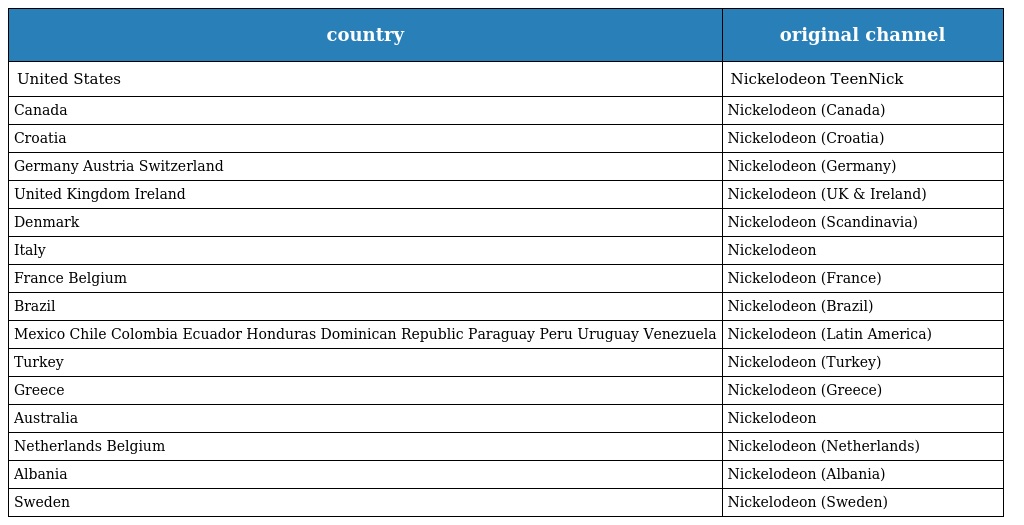
| country | original channel |
 | --- | --- |
 | United States | Nickelodeon TeenNick |
 | Canada | Nickelodeon (Canada) |
 | Croatia | Nickelodeon (Croatia) |
 | Germany Austria Switzerland | Nickelodeon (Germany) |
 | United Kingdom Ireland | Nickelodeon (UK & Ireland) |
 | Denmark | Nickelodeon (Scandinavia) |
 | Italy | Nickelodeon |
 | France Belgium | Nickelodeon (France) |
 | Brazil | Nickelodeon (Brazil) |
 | Mexico Chile Colombia Ecuador Honduras Dominican Republic Paraguay Peru Uruguay Venezuela | Nickelodeon (Latin America) |
 | Turkey | Nickelodeon (Turkey) |
 | Greece | Nickelodeon (Greece) |
 | Australia | Nickelodeon |
 | Netherlands Belgium | Nickelodeon (Netherlands) |
 | Albania | Nickelodeon (Albania) |
 | Sweden | Nickelodeon (Sweden) |